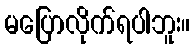
မပြောလိုက်ရပါဘူး။